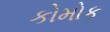
કોમોક